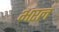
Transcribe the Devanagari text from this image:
भरलं